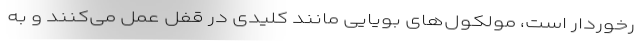
رخوردار است، مولکول‌های بویایی مانند کلیدی در قفل عمل می‌کنند و به